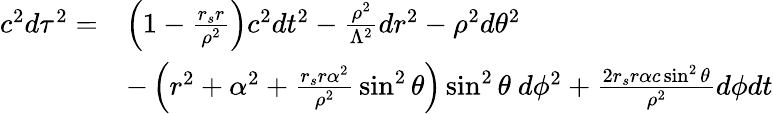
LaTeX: {\begin{array}{rl}{c^{2}d\tau^{2}=}&{\left(1-{\frac{r_{s}r}{\rho^{2}}}\right)c^{2}dt^{2}-{\frac{\rho^{2}}{\Lambda^{2}}}dr^{2}-\rho^{2}d\theta^{2}}\\ &{-\left(r^{2}+\alpha^{2}+{\frac{r_{s}r\alpha^{2}}{\rho^{2}}}\sin^{2}\theta\right)\sin^{2}\theta\ d\phi^{2}+{\frac{2r_{s}r\alpha c\sin^{2}\theta}{\rho^{2}}}d\phi dt}\end{array}}